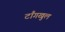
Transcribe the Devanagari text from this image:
टाँगखुल